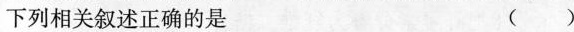
下列相关叙述正确的是（ ）